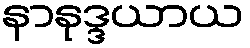
နာနုဒ္ဒယာယ